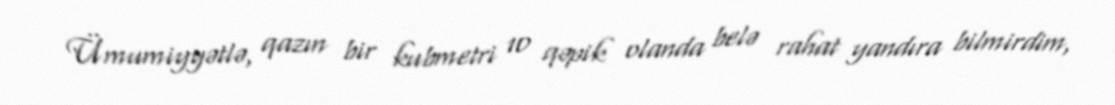
Ümumiyyətlə, qazın bir kubmetri 10 qəpik olanda belə rahat yandıra bilmirdim,